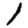
Digit: 1